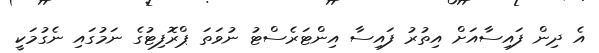
އެ ދިން ފައިސާއަށް އިތުރު ފައިސާ އިންޓަރެސްޓު ނުވަތަ ޕްރޮފިޓުގެ ނަމުގައި ނެގުމަކީ